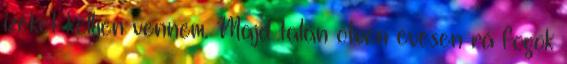
izéket kelljen vennem. Majd talán ötven évesen rá fogok